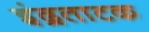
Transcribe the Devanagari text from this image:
इंद्रताटक